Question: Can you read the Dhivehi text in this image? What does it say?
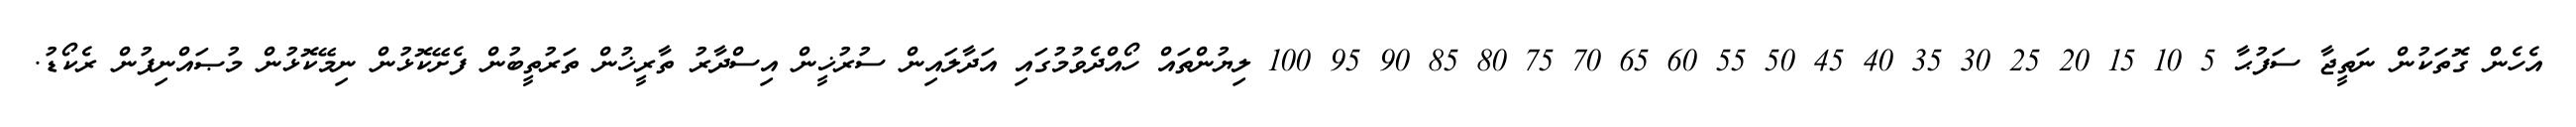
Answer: އެހެން ގޮތަކުން ނަތީޖާ ސަފުޙާ 5 10 15 20 25 30 35 40 45 50 55 60 65 70 75 80 85 90 95 100 ލިޔުންތައް ހޯއްދެވުމުގައި އަދާލައިން ސުރުޚީން އިސްދާރު ތާރީޚުން ތަރުތީބުން ފެށޭކޮޅުން ނިމޭކޮޅުން މުޞައްނިފުން ރެކޯޑު.